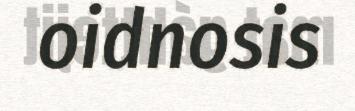
oidnosis